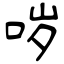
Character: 哕